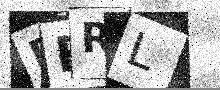
Text: ERRL